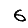
Digit: 6